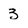
Character: 3